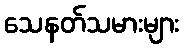
သေနတ်သမားများ